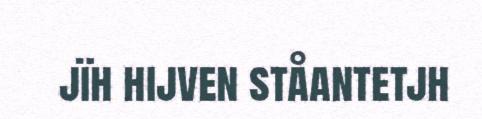
jïh hijven ståantetjh